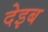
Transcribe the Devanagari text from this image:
देइब